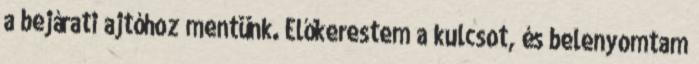
a bejárati ajtóhoz mentünk. Előkerestem a kulcsot, és belenyomtam